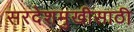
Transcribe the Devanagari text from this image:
सरदेशमुखीसाठी